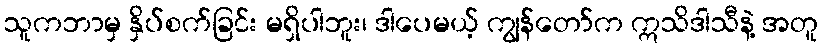
သူကဘာမှ နှိပ်စက်ခြင်း မရှိပါဘူး၊ ဒါပေမယ့် ကျွန်တော်က ဣသိဒါသီနဲ့ အတူ